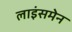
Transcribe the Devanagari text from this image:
लाइंसमेन